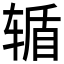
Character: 𮝸